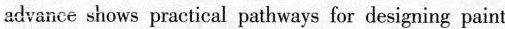
advance shows practical pathways for designing paint